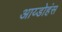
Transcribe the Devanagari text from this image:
आय्डोहंस